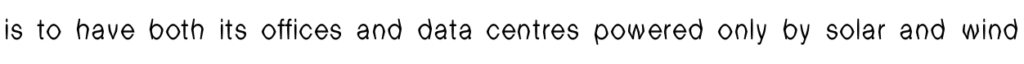
is to have both its offices and data centres powered only by solar and wind